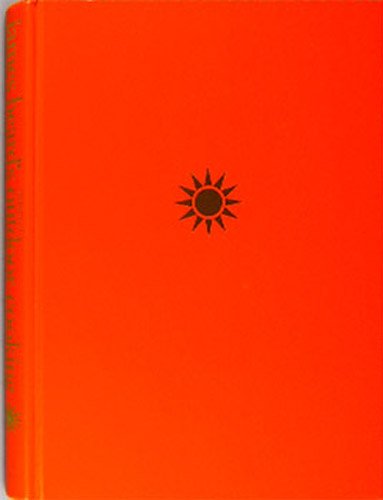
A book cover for James Beard's Treasury of Outdoor Cooking; James Beard; Cookbooks, Food & Wine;